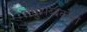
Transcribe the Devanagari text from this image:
लघुशब्दकोश